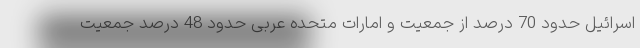
اسرائیل حدود 70 درصد از جمعیت و امارات متحده عربی حدود 48 درصد جمعیت